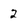
Character: 2